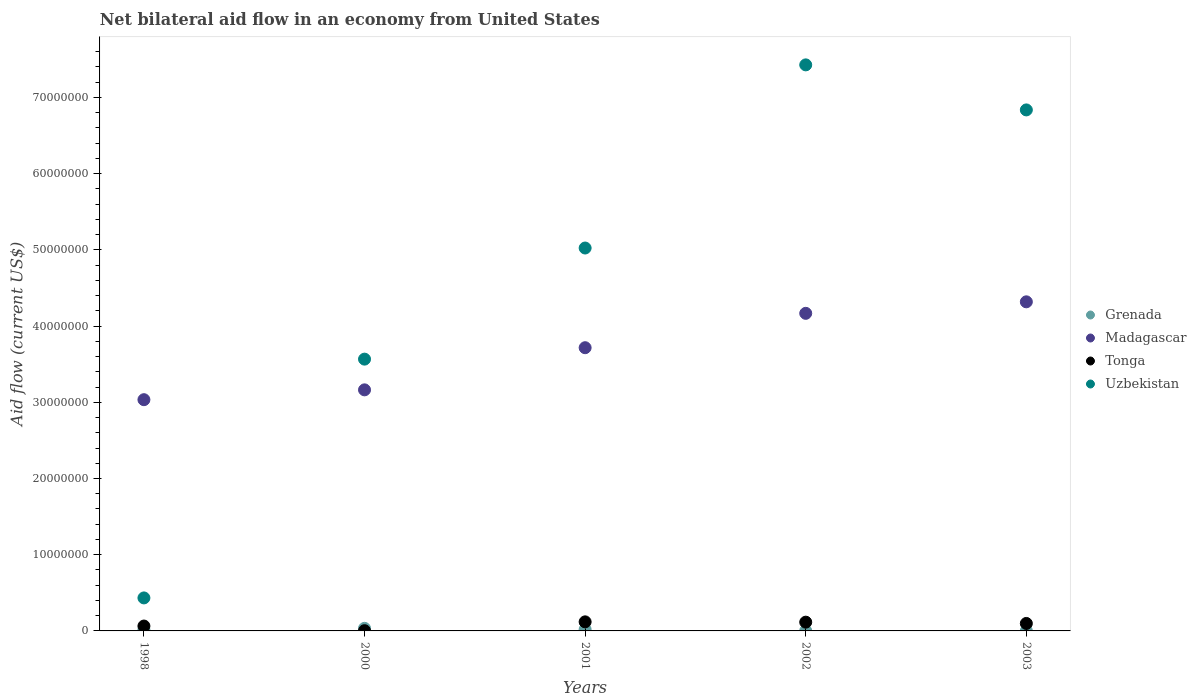
| Years | Grenada | Madagascar | Tonga | Uzbekistan |
 | --- | --- | --- | --- | --- |
 | 1998 | 1.4e+05 | 3.03e+07 | 6.4e+05 | 4.33e+06 |
 | 2000 | 3.4e+05 | 3.16e+07 | 3e+04 | 3.57e+07 |
 | 2001 | 1.9e+05 | 3.72e+07 | 1.19e+06 | 5.02e+07 |
 | 2002 | 2e+04 | 4.17e+07 | 1.15e+06 | 7.43e+07 |
 | 2003 | 1e+04 | 4.32e+07 | 9.8e+05 | 6.84e+07 |